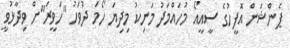
ޕެންޝަން އޮފީހުގެ ސީއީއޯ މުހައްމަދު މަނިކު މިދިޔަ ހޯމަ ދުވަހު "ހަވީރަ"ށް ވިދާޅުވީ